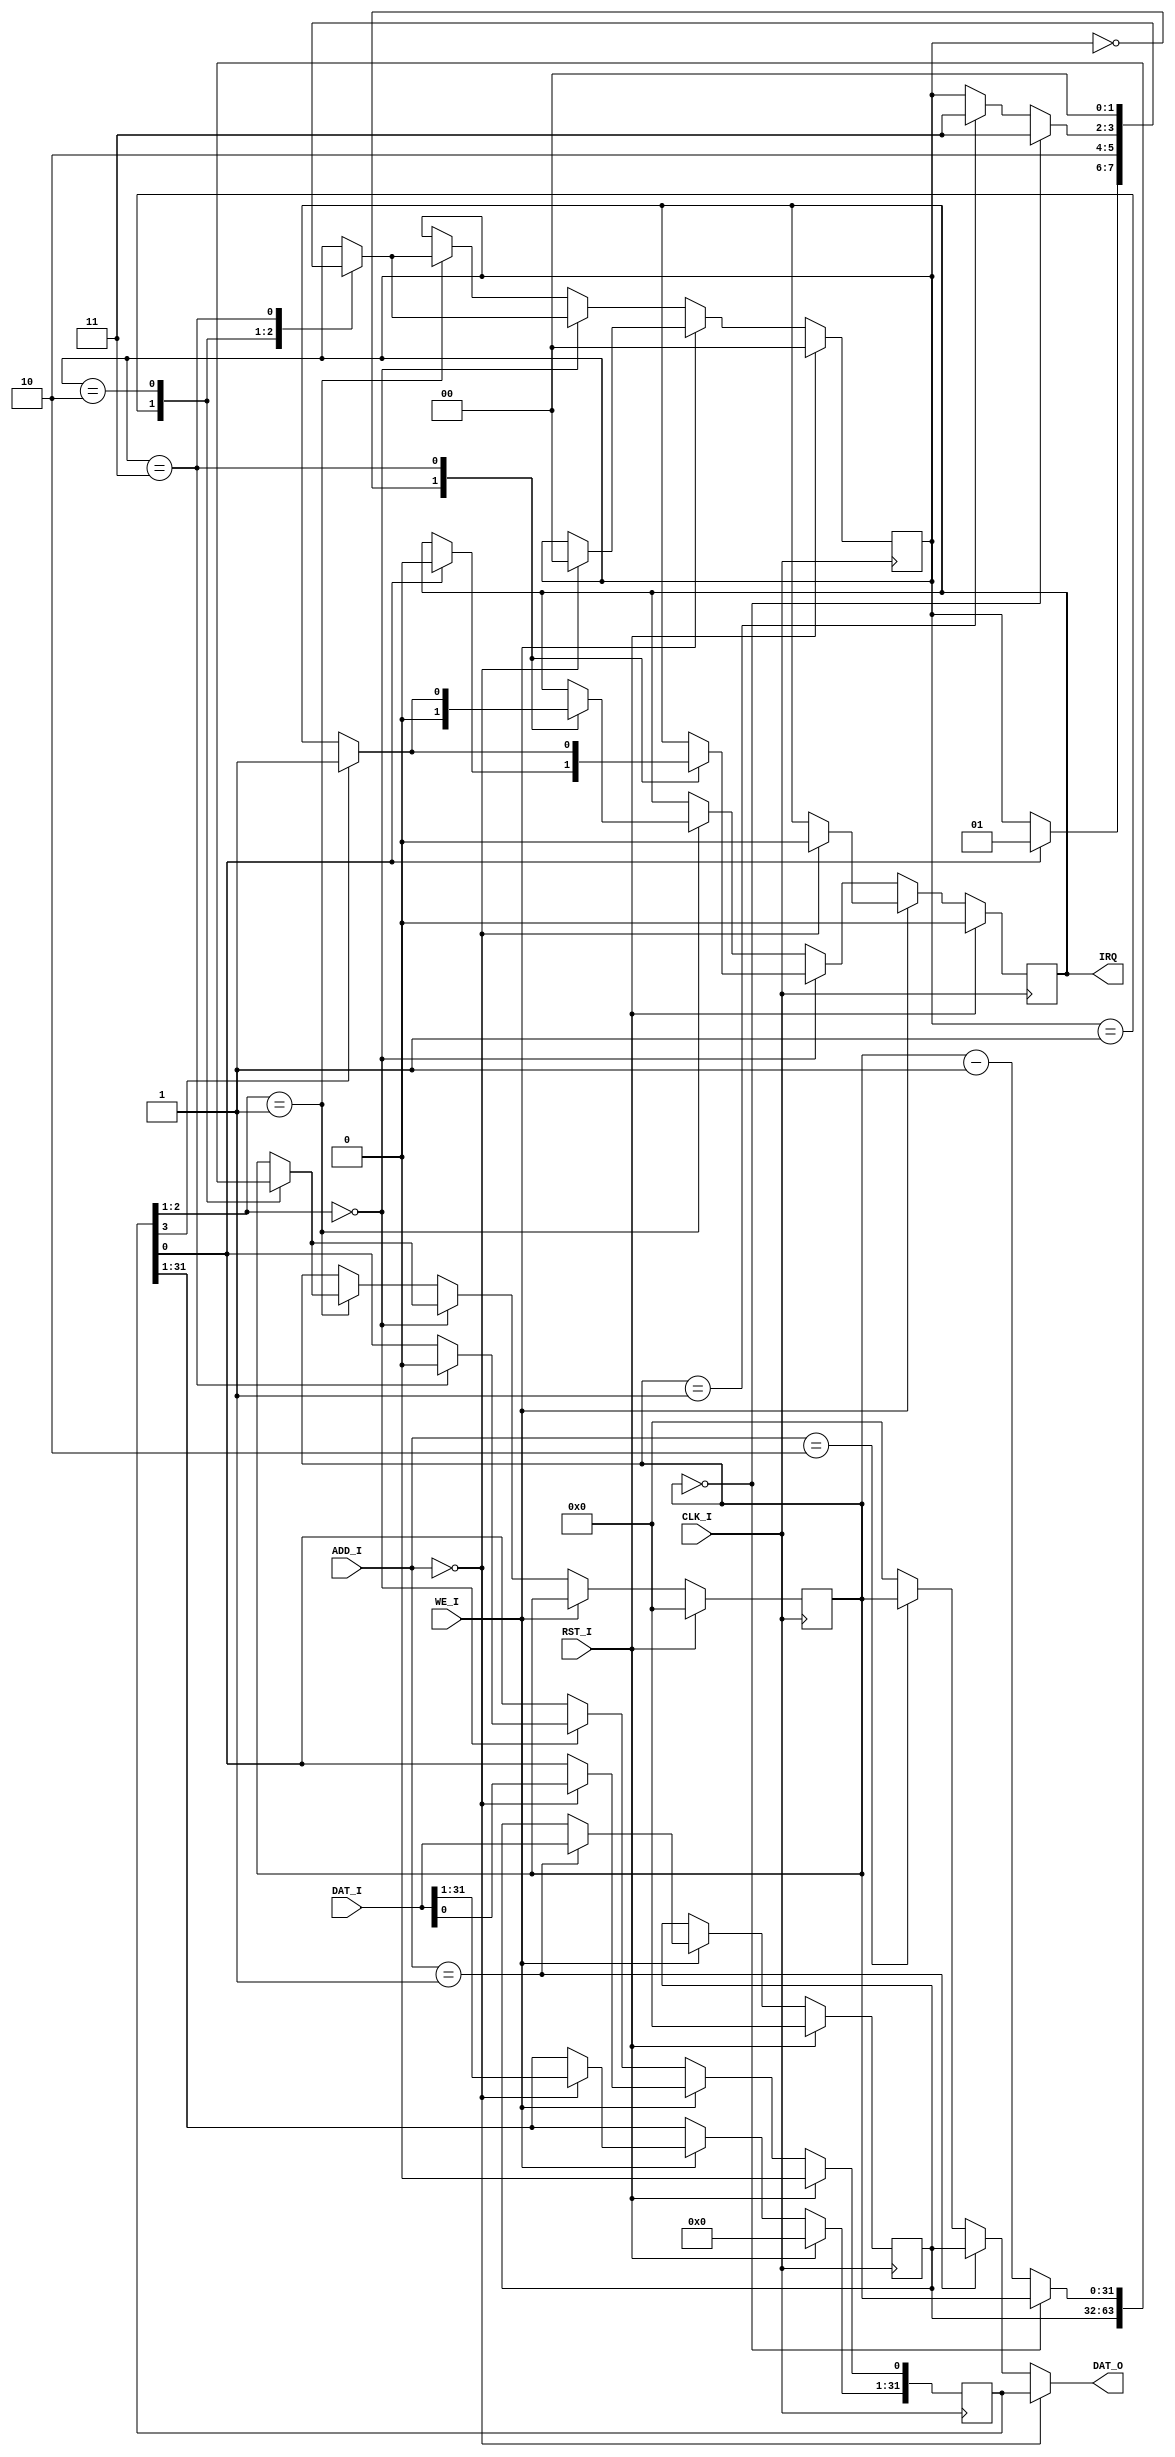
`timescale 1ns / 1ps
//////////////////////////////////////////////////////////////////////////////////
// Company: 
// Engineer: 
// 
// Design Name: 
// Module Name:    timer1 
// Project Name: 
// Target Devices: 
// Tool versions: 
// Description: 
//
// Dependencies: 
//
// Revision: 
// Revision 0.01 - File Created
// Additional Comments: 
//
//////////////////////////////////////////////////////////////////////////////////
`define Reserved 31:4
`define IM 3
`define Mode 2:1
`define Enable 0
module timer1(
	 input  CLK_I,         //
	 input  RST_I,         //
	 input  [3:2] ADD_I,   //
	 input  WE_I,          //
	 input  [31:0] DAT_I,  //32
	 output  [31:0] DAT_O, //32
	 output  IRQ           //
    );
	 reg [31:0] CTRL;    //
								//[31:4]:Reserved;  / 
								//[3]:IM;(1:;0:); R/W
								//[2:1]:Mode;(00:0;01:1;10:;11:) R/W
								//[0]:Enable;(1:;0:) R/W
	 reg [31:0] PRESET;  //  R/W
	 reg [31:0] COUNT;   //  R
	 
	 reg [1:0] State;
	 reg _irq;
	 
	 parameter IDLE = 2'b00,
				  LOAD = 2'b01,
				  CNTING = 2'b10,
				  INT = 2'b11;
	 
	 initial begin
		CTRL <= 0;
		PRESET <= 0;
		COUNT <= 0;
		State <= IDLE;
		_irq <= 1'b0;
	 end
	 
	 assign IRQ = _irq;        //
	 
	 assign DAT_O = (ADD_I == 2'b00) ? CTRL   :  //
						 (ADD_I == 2'b01) ? PRESET :
						 (ADD_I == 2'b10) ? COUNT  :
									                0 ;
	 
	 always @(posedge CLK_I) begin     
		if (RST_I) begin               //
			CTRL <= 0;
			PRESET <= 0;
			COUNT <= 0;
			State <= IDLE;
			_irq <= 1'b0;
		end
		else if (WE_I) begin           //
			case (ADD_I[3:2])
				2'b00: begin             //CTRL,StateIDLE,_irq0
							CTRL <= DAT_I;
							State <= IDLE;
							_irq <= 1'b0;
						 end
				2'b01: PRESET <= DAT_I;
				default;
			endcase
		end
		else begin
			if (CTRL[`Mode] == 2'b00) begin        //0
				case (State[1:0])
					IDLE: begin                          //IDLE
								if (CTRL[`Enable]) begin    //Enable=1,LOAD_irq0
									_irq <= 1'b0;
									State <= LOAD;
								end
							end
					LOAD: begin                          //LOAD,PRESETCOUNT,CNTING
								COUNT <= PRESET;
								State <= CNTING;
							end
					CNTING: begin                        //CNTING
								  if (COUNT == 0) begin     //COUNT=0,INT
								     State <= INT;
								  end
								  else begin                //,COUNT=1,INT
								     COUNT <= COUNT - 1;
								     if (COUNT == 1) begin
								        State <= INT;
							        end
								  end
							  end
					INT: begin                           //INT,IDLEEnable0
							  State <= IDLE;               //,
							  CTRL[`Enable] <= 1'b0;
						     if (CTRL[`IM]) begin
							     _irq <= 1'b1;
							  end
						  end
					default;
				endcase
			end
			else if (CTRL[`Mode] == 2'b01) begin       //1
				case (State[1:0])
					IDLE: begin                          //IDLE
								if (_irq == 1'b1) begin     //,0(1)
									_irq <= 1'b0;
								end
								if (CTRL[`Enable]) begin    //Enable=1,LOAD
									State <= LOAD;
								end
							end
					LOAD: begin                          //LOAD
								COUNT <= PRESET;            //PRESETCOUNT,CNTING
								State <= CNTING;
							end
					CNTING: begin                        //CNTING
								  if (COUNT == 0) begin     //COUNT=0,INT
								     State <= INT;
								  end
								  else begin                //,COUNT=1,INT
								     COUNT <= COUNT - 1;
								     if (COUNT == 1) begin
								        State <= INT;
							        end
								  end
							  end
					INT: begin                           //INT,IDLEEnable
							  State <= IDLE;
						     if (CTRL[`IM]) begin         //,
							     _irq <= 1'b1;
							  end
						  end
					default;
				endcase
			end
		end
	 end

endmodule